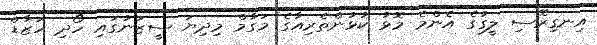
އިނގިރޭސި ލީގުގެ އެންމެ މޮޅު ކުޅުންތެރިއާގެ މަގާމް މިދިޔަ ސީޒަނުގައި ހޯދި ހަޒާޑް